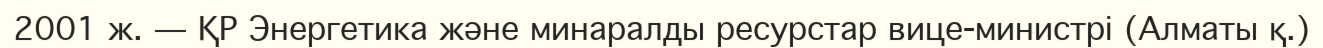
2001 ж. — ҚР Энергетика және минаралды ресурстар вице-министрі (Алматы қ.)